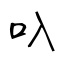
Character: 叺